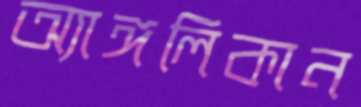
অ্যাঙ্গলিকান